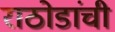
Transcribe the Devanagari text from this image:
राठोडांची